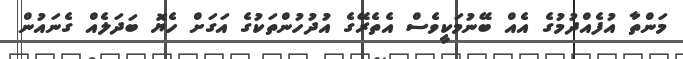
މަންތާ އުފެއްދުމުގެ އެއް ބޭނުމަކީވެސް އެތެރޭގެ އުދުހުންތަކުގެ އަގަށް ހެޔޮ ބަދަލެއް ގެނައުން